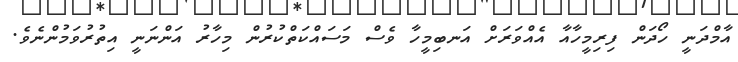
އާމްދަނީ ހޯދަން ފިރިމީހާއާ އެއްވަރަށް އަނބިމީހާ ވެސް މަސައްކަތްކުރުން މިހާރު އަންނަނީ އިތުރުވަމުންނެވެ.